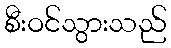
စီးဝင်သွားသည်